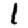
Digit: 1